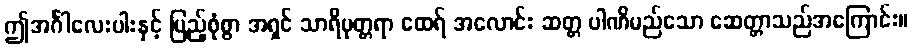
ဤအင်္ဂါလေးပါးနှင့် ပြည့်စုံစွာ အရှင် သာရိပုတ္တရာ ထေရ် အလောင်း ဆတ္တ ပါဏိမည်သော ဆေတ္တာသည်အကြောင်း။